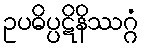
ဥပဓိပ္ပဋိနိဿဂ္ဂံ